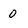
Character: 0